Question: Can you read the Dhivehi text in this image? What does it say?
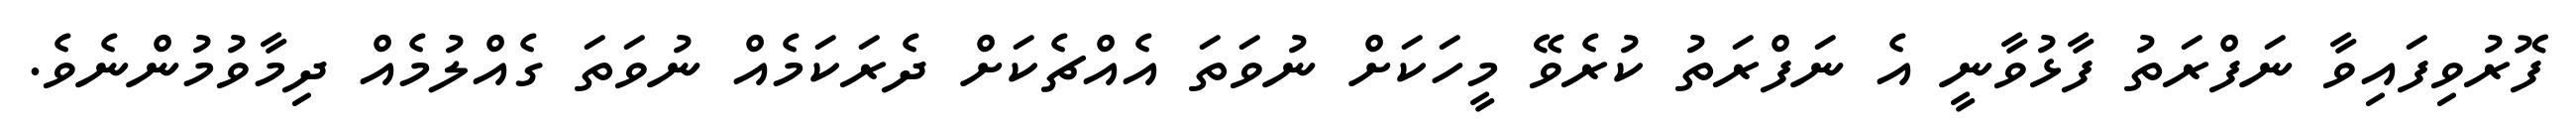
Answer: ފޮރުވިފައިވާ ނަފްރަތު ފާޅުވާނީ އެ ނަފްރަތު ކުރެވޭ މީހަކަށް ނުވަތަ އެއްޗެކަށް ދެރަކަމެއް ނުވަތަ ގެއްލުމެއް ދިމާވުމުންނެވެ.